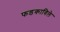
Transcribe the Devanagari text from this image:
फडकाविले